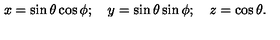
x = \sin \theta \cos \phi ; \quad y = \sin \theta \sin \phi ; \quad z = \cos \theta .